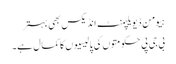
ہیومن ڈیویلپمنٹ انڈیکس بھی بہتر
بی جی پی حکومتوں کی پالیسیوں کا کمال ہے۔